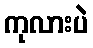
ကုလားပဲ